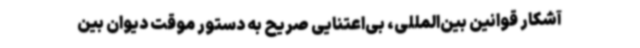
آشکار قوانین بین‌المللی، بی‌اعتنایی صریح به دستور موقت دیوان بین‌